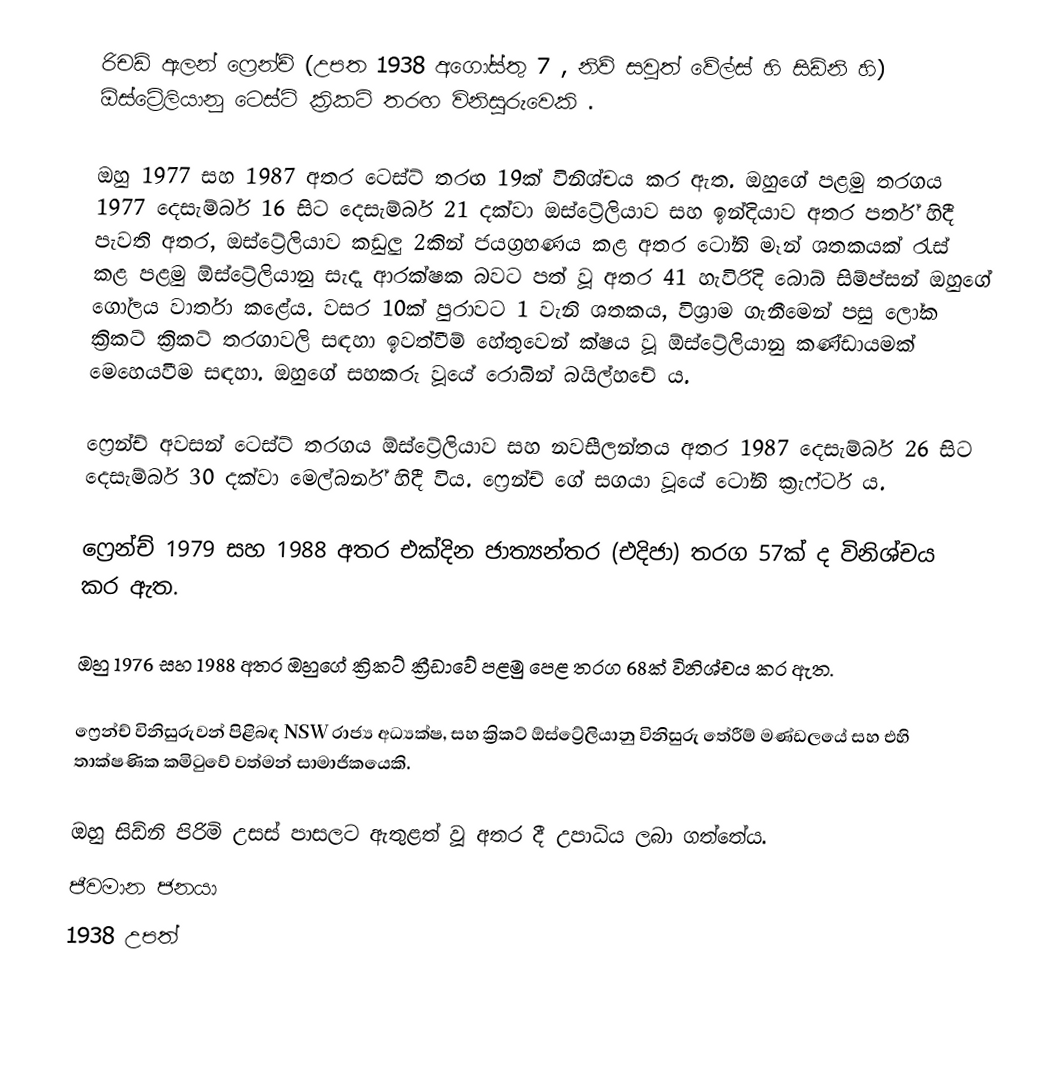
රිචඩ් ඇලන් ෆ්‍රෙන්ච් (උපත 1938 අගෝස්තු 7 , නිව් සවුත් වේල්ස් හි සිඩ්නි හි) ඕස්ට්‍රේලියානු ටෙස්ට් ක්‍රිකට් තරඟ විනිසුරුවෙකි .

ඔහු 1977 සහ 1987 අතර ටෙස්ට් තරඟ 19ක් විනිශ්චය කර ඇත. ඔහුගේ පළමු තරගය 1977 දෙසැම්බර් 16 සිට දෙසැම්බර් 21 දක්වා ඔස්ට්‍රේලියාව සහ ඉන්දියාව අතර පර්ත් හිදී පැවති අතර, ඔස්ට්‍රේලියාව කඩුලු 2කින් ජයග්‍රහණය කළ අතර ටෝනි මෑන් ශතකයක් රැස් කළ පළමු ඕස්ට්‍රේලියානු සැදෑ ආරක්ෂක බවට පත් වූ අතර 41 හැවිරිදි බොබ් සිම්ප්සන් ඔහුගේ ගෝලය වාර්තා කළේය. වසර 10ක් පුරාවට 1 වැනි ශතකය, විශ්‍රාම ගැනීමෙන් පසු ලෝක ක්‍රිකට් ක්‍රිකට් තරගාවලි සඳහා ඉවත්වීම් හේතුවෙන් ක්ෂය වූ ඕස්ට්‍රේලියානු කණ්ඩායමක් මෙහෙයවීම සඳහා. ඔහුගේ සහකරු වූයේ රොබින් බයිල්හචේ ය.

ෆ්‍රෙන්ච් අවසන් ටෙස්ට් තරගය ඕස්ට්‍රේලියාව සහ නවසීලන්තය අතර 1987 දෙසැම්බර් 26 සිට දෙසැම්බර් 30 දක්වා මෙල්බර්න් හිදී විය. ෆ්‍රෙන්ච් ගේ සගයා වූයේ ටෝනි ක්‍රැෆ්ටර් ය.

ෆ්‍රෙන්ච් 1979 සහ 1988 අතර එක්දින ජාත්‍යන්තර (එදිජා) තරග 57ක් ද විනිශ්චය කර ඇත.

ඔහු 1976 සහ 1988 අතර ඔහුගේ ක්‍රිකට් ක්‍රීඩාවේ පළමු පෙළ තරග 68ක් විනිශ්චය කර ඇත.

ෆ්‍රෙන්ච් විනිසුරුවන් පිළිබඳ NSW රාජ්‍ය අධ්‍යක්ෂ, සහ ක්‍රිකට් ඕස්ට්‍රේලියානු විනිසුරු තේරීම් මණ්ඩලයේ සහ එහි තාක්ෂණික කමිටුවේ වත්මන් සාමාජිකයෙකි.

ඔහු සිඩ්නි පිරිමි උසස් පාසලට ඇතුළත් වූ අතර  දී උපාධිය ලබා ගත්තේය.
ජීවමාන ජනයා
1938 උපත්